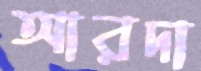
আরদা